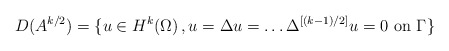
\begin{align*}D(A^{k/2})=\{ u \in H^k(\Omega) \,, u=\Delta u = \ldots \Delta^{[(k-1)/2]}u=0 \mbox{ on } \Gamma\}\end{align*}